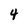
Character: 4